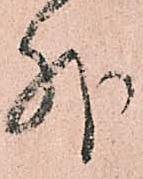
外